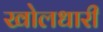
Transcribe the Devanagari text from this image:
खोलधारी